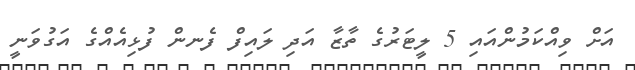
އަށް ވިއްކަމުންއައި 5 ލީޓަރުގެ ތާޒާ އަދި ލައިފް ފެނން ފުޅިއެއްގެ އަގުވަނީ